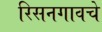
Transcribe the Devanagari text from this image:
रिसनगावचे